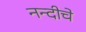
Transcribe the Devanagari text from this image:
नन्दीचे